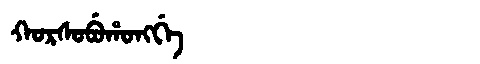
Manchu: ᡴᠣᡵᠰᠣᠪᡠᡥᠣᠩᡤᡝ
Romanization: KORSOBUHONGGE